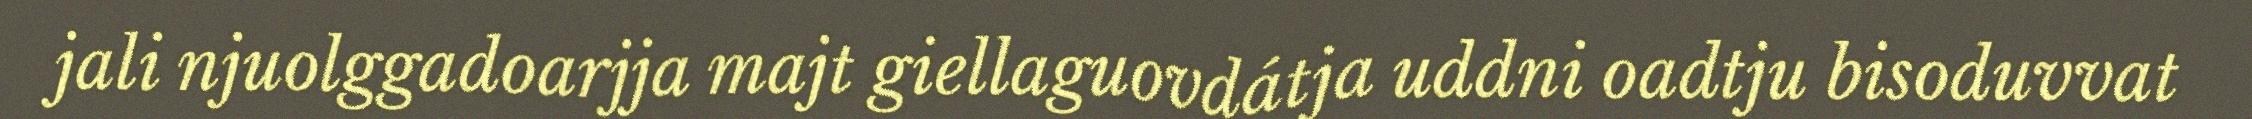
jali njuolggadoarjja majt giellaguovdátja uddni oadtju bisoduvvat